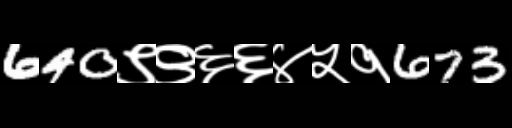
Text: 640९९६६४५१673